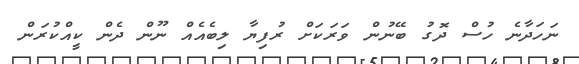
ނަހަދާނެ ހުސް ދޮގު ބޭނުން ވަރަކަށް ރުފިޔާ ލިބެއެއް ނޫން ދެން ކީއްކުރަން